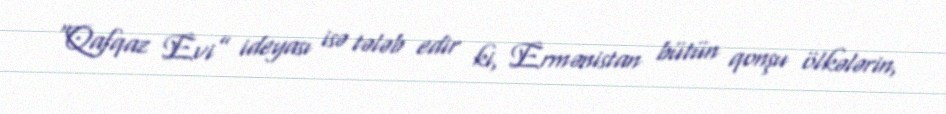
“Qafqaz Evi” ideyası isə tələb edir ki, Ermənistan bütün qonşu ölkələrin,